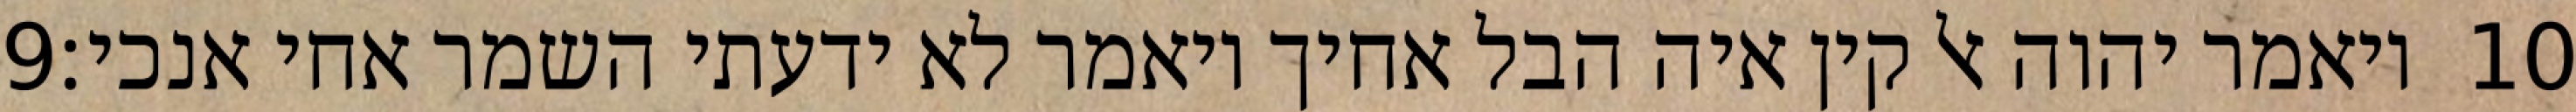
‎9‏ ויאמר יהוה אל קין איה הבל אחיך ויאמר לא ידעתי השמר אחי אנכי׃ ‎10‏